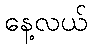
နေ့လယ်